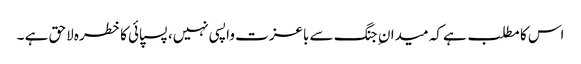
اس کا مطلب ہے کہ میدان ِ جنگ سے باعزت واپسی نہیں، پسپائی کا خطرہ لاحق ہے ۔